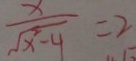
\frac { x } { \sqrt { x ^ { 2 } - 4 } } = 2